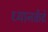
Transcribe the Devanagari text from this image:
ध्यानकेंद्रे